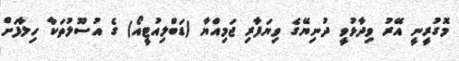
މޮގުރީނީ އޭރު ވިދާޅުވީ ދުނިޔޭގެ ވިޔަފާރި ޖަމިއްޔާ (ޑަބްލިއުޓީއޯ) ގެ އުސޫލުތަކާ ހިލާފަށް